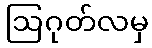
ဩဂုတ်လမှ